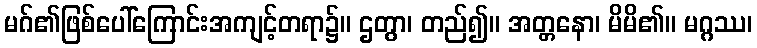
မဂ်၏ဖြစ်ပေါ်ကြောင်းအကျင့်တရာ၌။ ဌတွာ၊ တည်၍။ အတ္တနော၊ မိမိ၏။ မဂ္ဂဿ၊